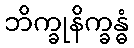
ဘိက္ခုနိက္ခန္ဓံ